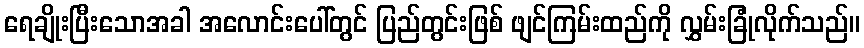
ရေချိုးပြီးသောအခါ အလောင်းပေါ်တွင် ပြည်တွင်းဖြစ် ဖျင်ကြမ်းထည်ကို လွှမ်းခြုံလိုက်သည်။